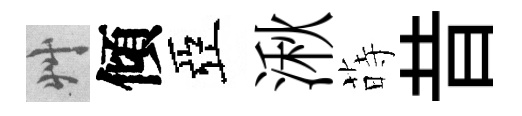
艸傾亞湫蒔昔